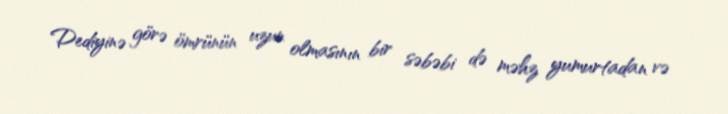
Dediyinə görə ömrünün uzun olmasının bir səbəbi də məhz yumurtadan və